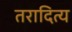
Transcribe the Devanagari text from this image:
तरादित्य